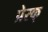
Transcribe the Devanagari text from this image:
प्रेरक्